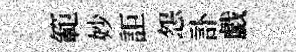
範妙詎怨訃戯